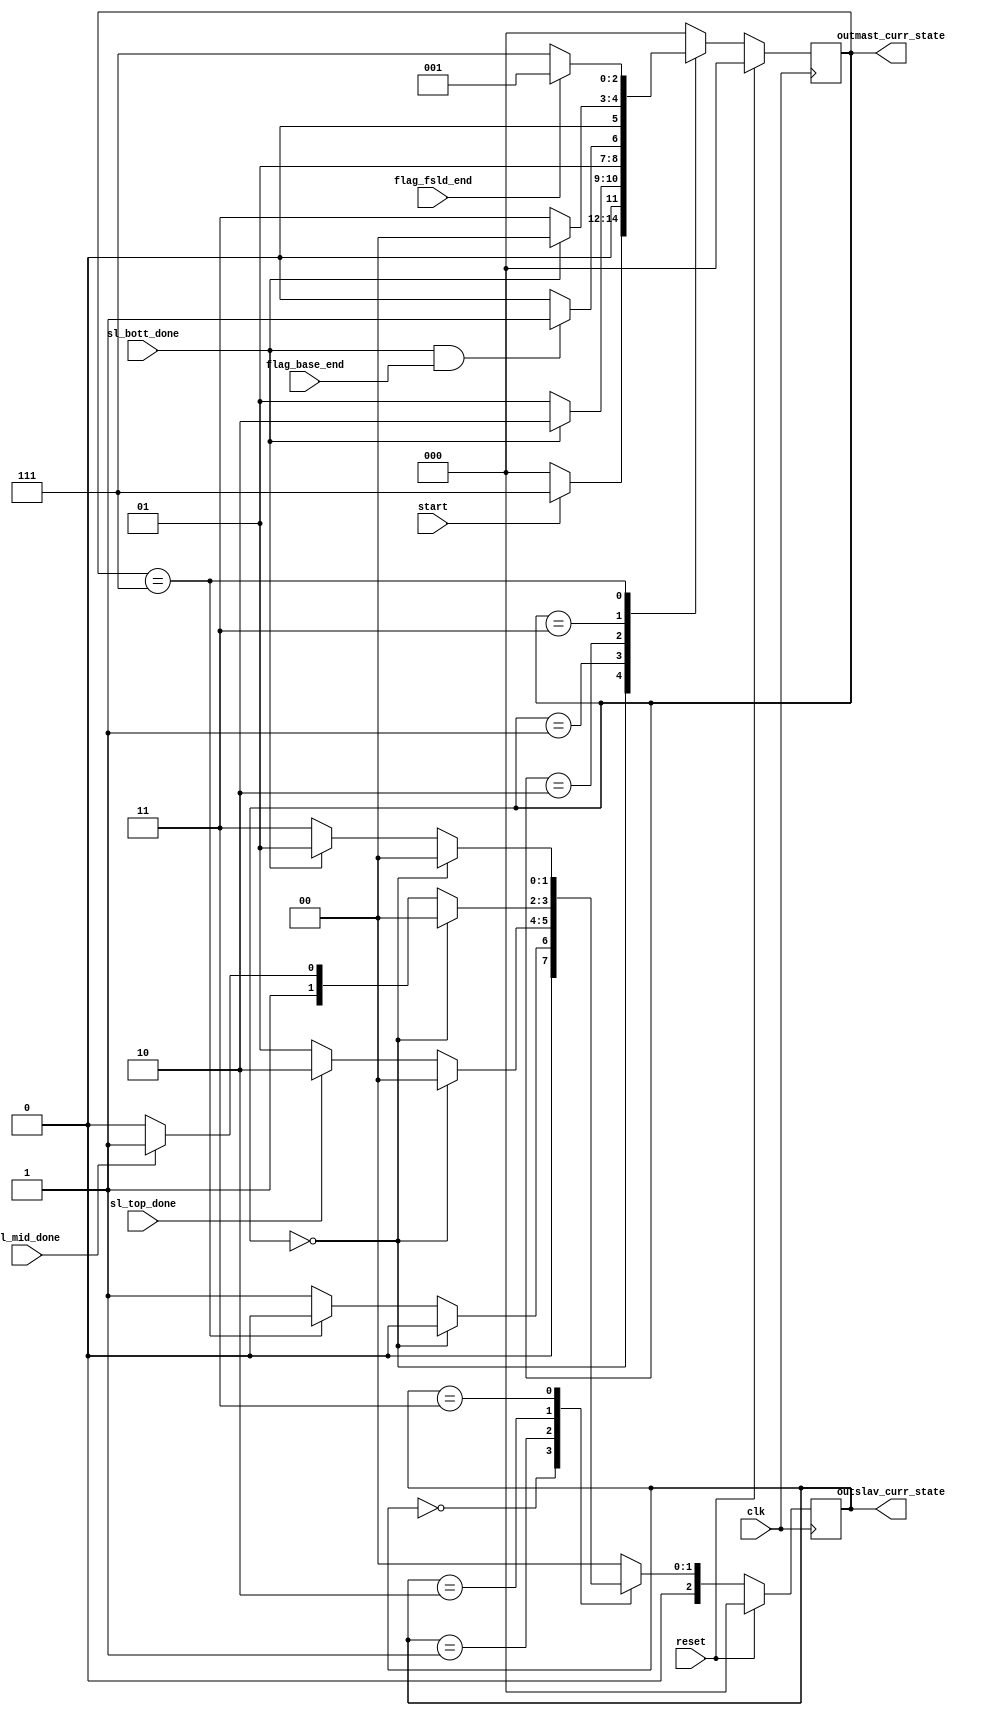
// ============================================================================
// Designer : Yi_Yuan Chen
// Create   : 2022.09.19
// Ver      : 2.0
// Func     : master and slave FSM, use curr_of_row control
// ============================================================================
// finite state machine
// -----------------------------------------------------------------
//     LEFT  --....-->  BASE  --....-->  RIGHT
//      |            /    |             /   |            
//      v           /     v            /    v            
//      TOP        /      TOP         /     TOP
//      |         /       |          /      |            
//      v        /        v         /       v
//      MID     /         MID      /        MID 
//      |      /          |       /         |            
//      v     /           v      /          v    
//      BOTT /            BOTT  /           BOTT
// -----------------------------------------------------------------
`timescale 1ns/100ps
module fsm (
	clk,
	reset,

	sl_top_done 	,
	sl_mid_done 	,
	sl_bott_done 	,
	flag_fsld_end 	,
	flag_base_end 	,
	start 	,

	outmast_curr_state	,
	outslav_curr_state	

);
// 
localparam MAST_FSM_BITS 	= 3;
localparam M_IDLE 	= 3'd0;
localparam LEFT 	= 3'd1;
localparam BASE 	= 3'd2;
localparam RIGHT 	= 3'd3;
localparam FSLD 	= 3'd7;	// First load sram0


localparam SLAV_FSM_BITS 	= 3;
localparam S_IDLE 	= 3'd0;
localparam TOP 		= 3'd1;
localparam MID 		= 3'd2;
localparam BOTT 	= 3'd3;



output wire  [ MAST_FSM_BITS -1 : 0 ] outmast_curr_state ;
output wire  [ SLAV_FSM_BITS -1 : 0 ] outslav_curr_state ;

input wire clk ;
input wire reset ;
input wire sl_top_done ;
input wire sl_mid_done ;
input wire sl_bott_done ;
input wire flag_fsld_end ;
input wire flag_base_end ;
input wire start ;



reg [ MAST_FSM_BITS -1 : 0 ] mast_curr_state ;
reg [ MAST_FSM_BITS -1 : 0 ] mast_next_state ;
reg [ SLAV_FSM_BITS -1 : 0 ] slav_curr_state ;
reg [ SLAV_FSM_BITS -1 : 0 ] slav_next_state ;



reg [ 9-1 : 0 ] now_of_row ;		// which row is compute now , need to set final row number for count
wire now_of_row_done ;				// make counter of row enable

assign outmast_curr_state = mast_curr_state ;
assign outslav_curr_state = slav_curr_state ;

always@(*)begin
	case( mast_curr_state )
		M_IDLE 	:	mast_next_state = ( start )? FSLD : M_IDLE ;
		LEFT 	:	mast_next_state = ( sl_bott_done )? BASE : LEFT ;
		BASE 	:	mast_next_state = ( sl_bott_done & flag_base_end )? RIGHT : BASE ;
		RIGHT 	:	mast_next_state = ( sl_bott_done )? M_IDLE : RIGHT ;
		FSLD 	:	mast_next_state = ( flag_fsld_end )? LEFT : FSLD ;
	default : mast_next_state = M_IDLE ;
	endcase	
end

always@(*)begin
	case( slav_curr_state )
		S_IDLE 	:	slav_next_state = (		mast_curr_state == M_IDLE ) ?  			S_IDLE:
											( 	mast_curr_state == FSLD	 )? 		S_IDLE : TOP ;	// only for first load 

		TOP 	:	slav_next_state = (		mast_curr_state == M_IDLE ) ? 			S_IDLE : 
														( 	sl_top_done	 )? 		MID : TOP ;

		MID 	:	slav_next_state = (		mast_curr_state == M_IDLE ) ? 			S_IDLE : 
														( 	sl_mid_done	 )? 		BOTT : MID ;

		BOTT 	:	slav_next_state = (		mast_curr_state == M_IDLE ) ? 			S_IDLE : 
														( 	sl_bott_done	 )? 	TOP : BOTT ;
	default : slav_next_state = S_IDLE ;
	endcase	
end


always@( posedge clk )begin
	if( reset )begin
		mast_curr_state <= M_IDLE	;
		slav_curr_state <= S_IDLE	;
	end 
	else begin
		mast_curr_state <= mast_next_state	;
		slav_curr_state <= slav_next_state	;
	end
end




endmodule